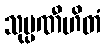
သုပ္ပဏီဟိတံ